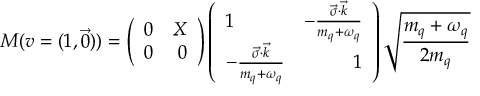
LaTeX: M ( v = ( 1 , \vec { 0 } ) ) = \left( \begin{array} { l r } { { 0 } } & { { X } } \\ { { 0 } } & { { 0 } } \end{array} \right) \left( \begin{array} { l r } { { 1 } } & { { - \frac { \vec { \sigma } \cdot \vec { k } } { m _ { q } + \omega _ { q } } } } \\ { { - \frac { \vec { \sigma } \cdot \vec { k } } { m _ { q } + \omega _ { q } } } } & { { 1 } } \end{array} \right) \sqrt { \frac { m _ { q } + \omega _ { q } } { 2 m _ { q } } }